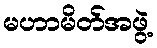
မဟာမိတ်အဖွဲ့